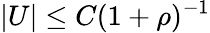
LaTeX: |U|\le C(1+\rho)^{-1}